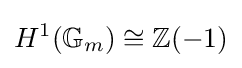
H^{1}(\mathbb {G} _{m})\cong \mathbb {Z} (-1)